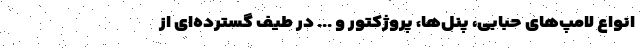
انواع لامپ‌های حبابی، پنل‌ها، پروژکتور و ... در طیف گسترده‌ای از